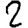
Digit: 2